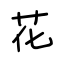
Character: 花